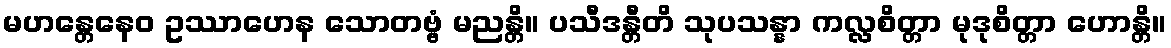
မဟန္တေနေဝ ဥဿာဟေန သောတဗ္ဗံ မညန္တိ။ ပသီဒန္တီတိ သုပသန္နာ ကလ္လစိတ္တာ မုဒုစိတ္တာ ဟောန္တိ။